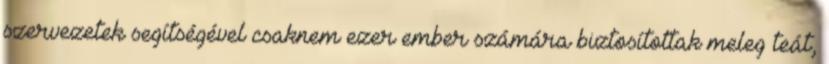
szervezetek segítségével csaknem ezer ember számára biztosítottak meleg teát,